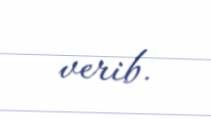
verib.